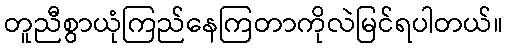
တူညီစွာယုံကြည်နေကြတာကိုလဲမြင်ရပါတယ်။